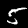
Label: 5